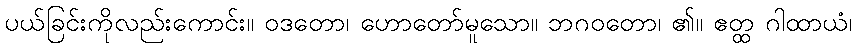
ပယ်ခြင်းကိုလည်းကောင်း။ ဝဒတော၊ ဟောတော်မူသော။ ဘဂဝတော၊ ၏။ ဧတ္ထ ဂါထာယံ၊